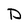
Character: D